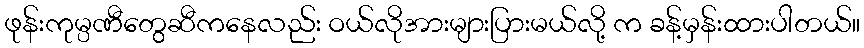
ဖုန်းကုမ္ပဏီတွေဆီကနေလည်း ဝယ်လိုအားများပြားမယ်လို့ က ခန့်မှန်းထားပါတယ်။